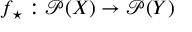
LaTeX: f _ { \star } : { \mathcal { P } } ( X ) \rightarrow { \mathcal { P } } ( Y )